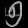
Digit: ၅